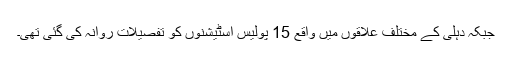
جبکہ دہلی کے مختلف علاقوں میں واقع 15 پولیس اسٹیشنوں کو تفصیلات روانہ کی گئی تھی۔